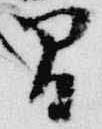
間